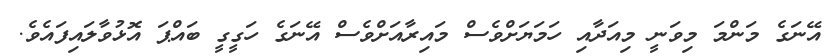
އޭނަގެ މަންމަ މިވަނީ މިއަދާއި ހަމަޔަށްވެސް މައިރާއަށްވެސް އޭނަގެ ހަގީގީ ބައްޕަ އޮޅުވާލައިފައެވެ.